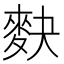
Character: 𪌊